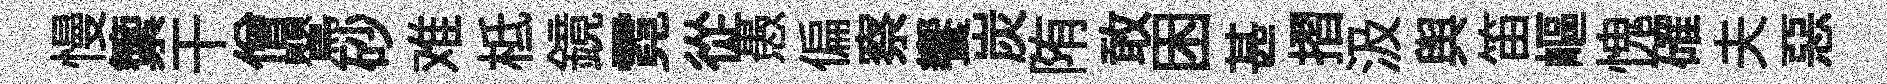
慢籞干僧鸎砂难柢鏡霓從愚偏察饗炭陏敢困甚摺汲舆笛嶇愧確夫惡